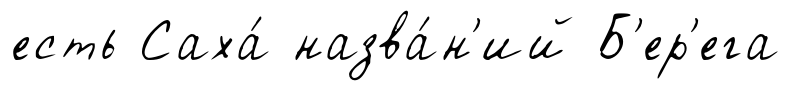
есть Саха́ назва́н'ий Б'ер'ега